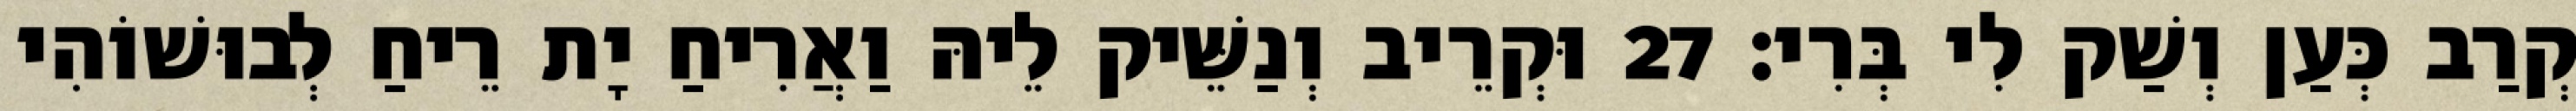
קְרַב כְּעַן וְשַׁק לִי בְּרִי׃ 27 וּקְרֵיב וְנַשֵּׁיק לֵיהּ וַאֲרִיחַ יָת רֵיחַ לְבוּשׁוֹהִי